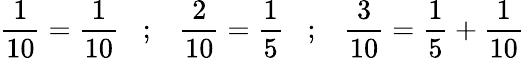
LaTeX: {\frac{1}{10}}={\frac{1}{10}}\; \; \; ;\; \; \; {\frac{2}{10}}={\frac{1}{5}}\; \; \; ;\; \; \; {\frac{3}{10}}={\frac{1}{5}}+{\frac{1}{10}}